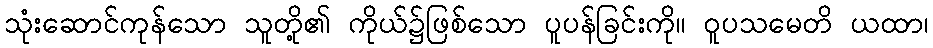
သုံးဆောင်ကုန်သော သူတို့၏ ကိုယ်၌ဖြစ်သော ပူပန်ခြင်းကို။ ဝူပသမေတိ ယထာ၊